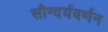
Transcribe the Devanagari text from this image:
सौन्दर्यवर्णन